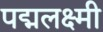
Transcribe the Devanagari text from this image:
पद्मलक्ष्मी